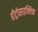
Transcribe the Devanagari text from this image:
हीट्रोसाइक्लिक